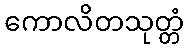
ကောလိတသုတ္တံ